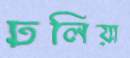
ঢলিয়া